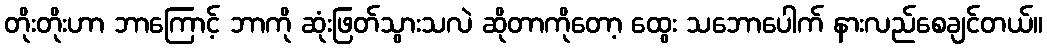
တိုးတိုးဟာ ဘာကြောင့် ဘာကို ဆုံးဖြတ်သွားသလဲ ဆိုတာကိုတော့ ထွေး သဘောပေါက် နားလည်စေချင်တယ်။